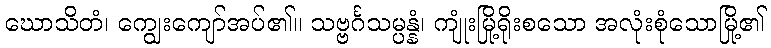
ဃောသိတံ၊ ကျွေးကျော်အပ်၏။ သဗ္ဗင်္ဂသမ္ပန္နံ၊ ကျုံးမြို့ရိုးစသော အလုံးစုံသောမြို့၏